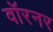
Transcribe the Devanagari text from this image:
वॉरनर